65_HS1-834228961_62-HQ-83894_Section_1
Agency: FBI
Page 87
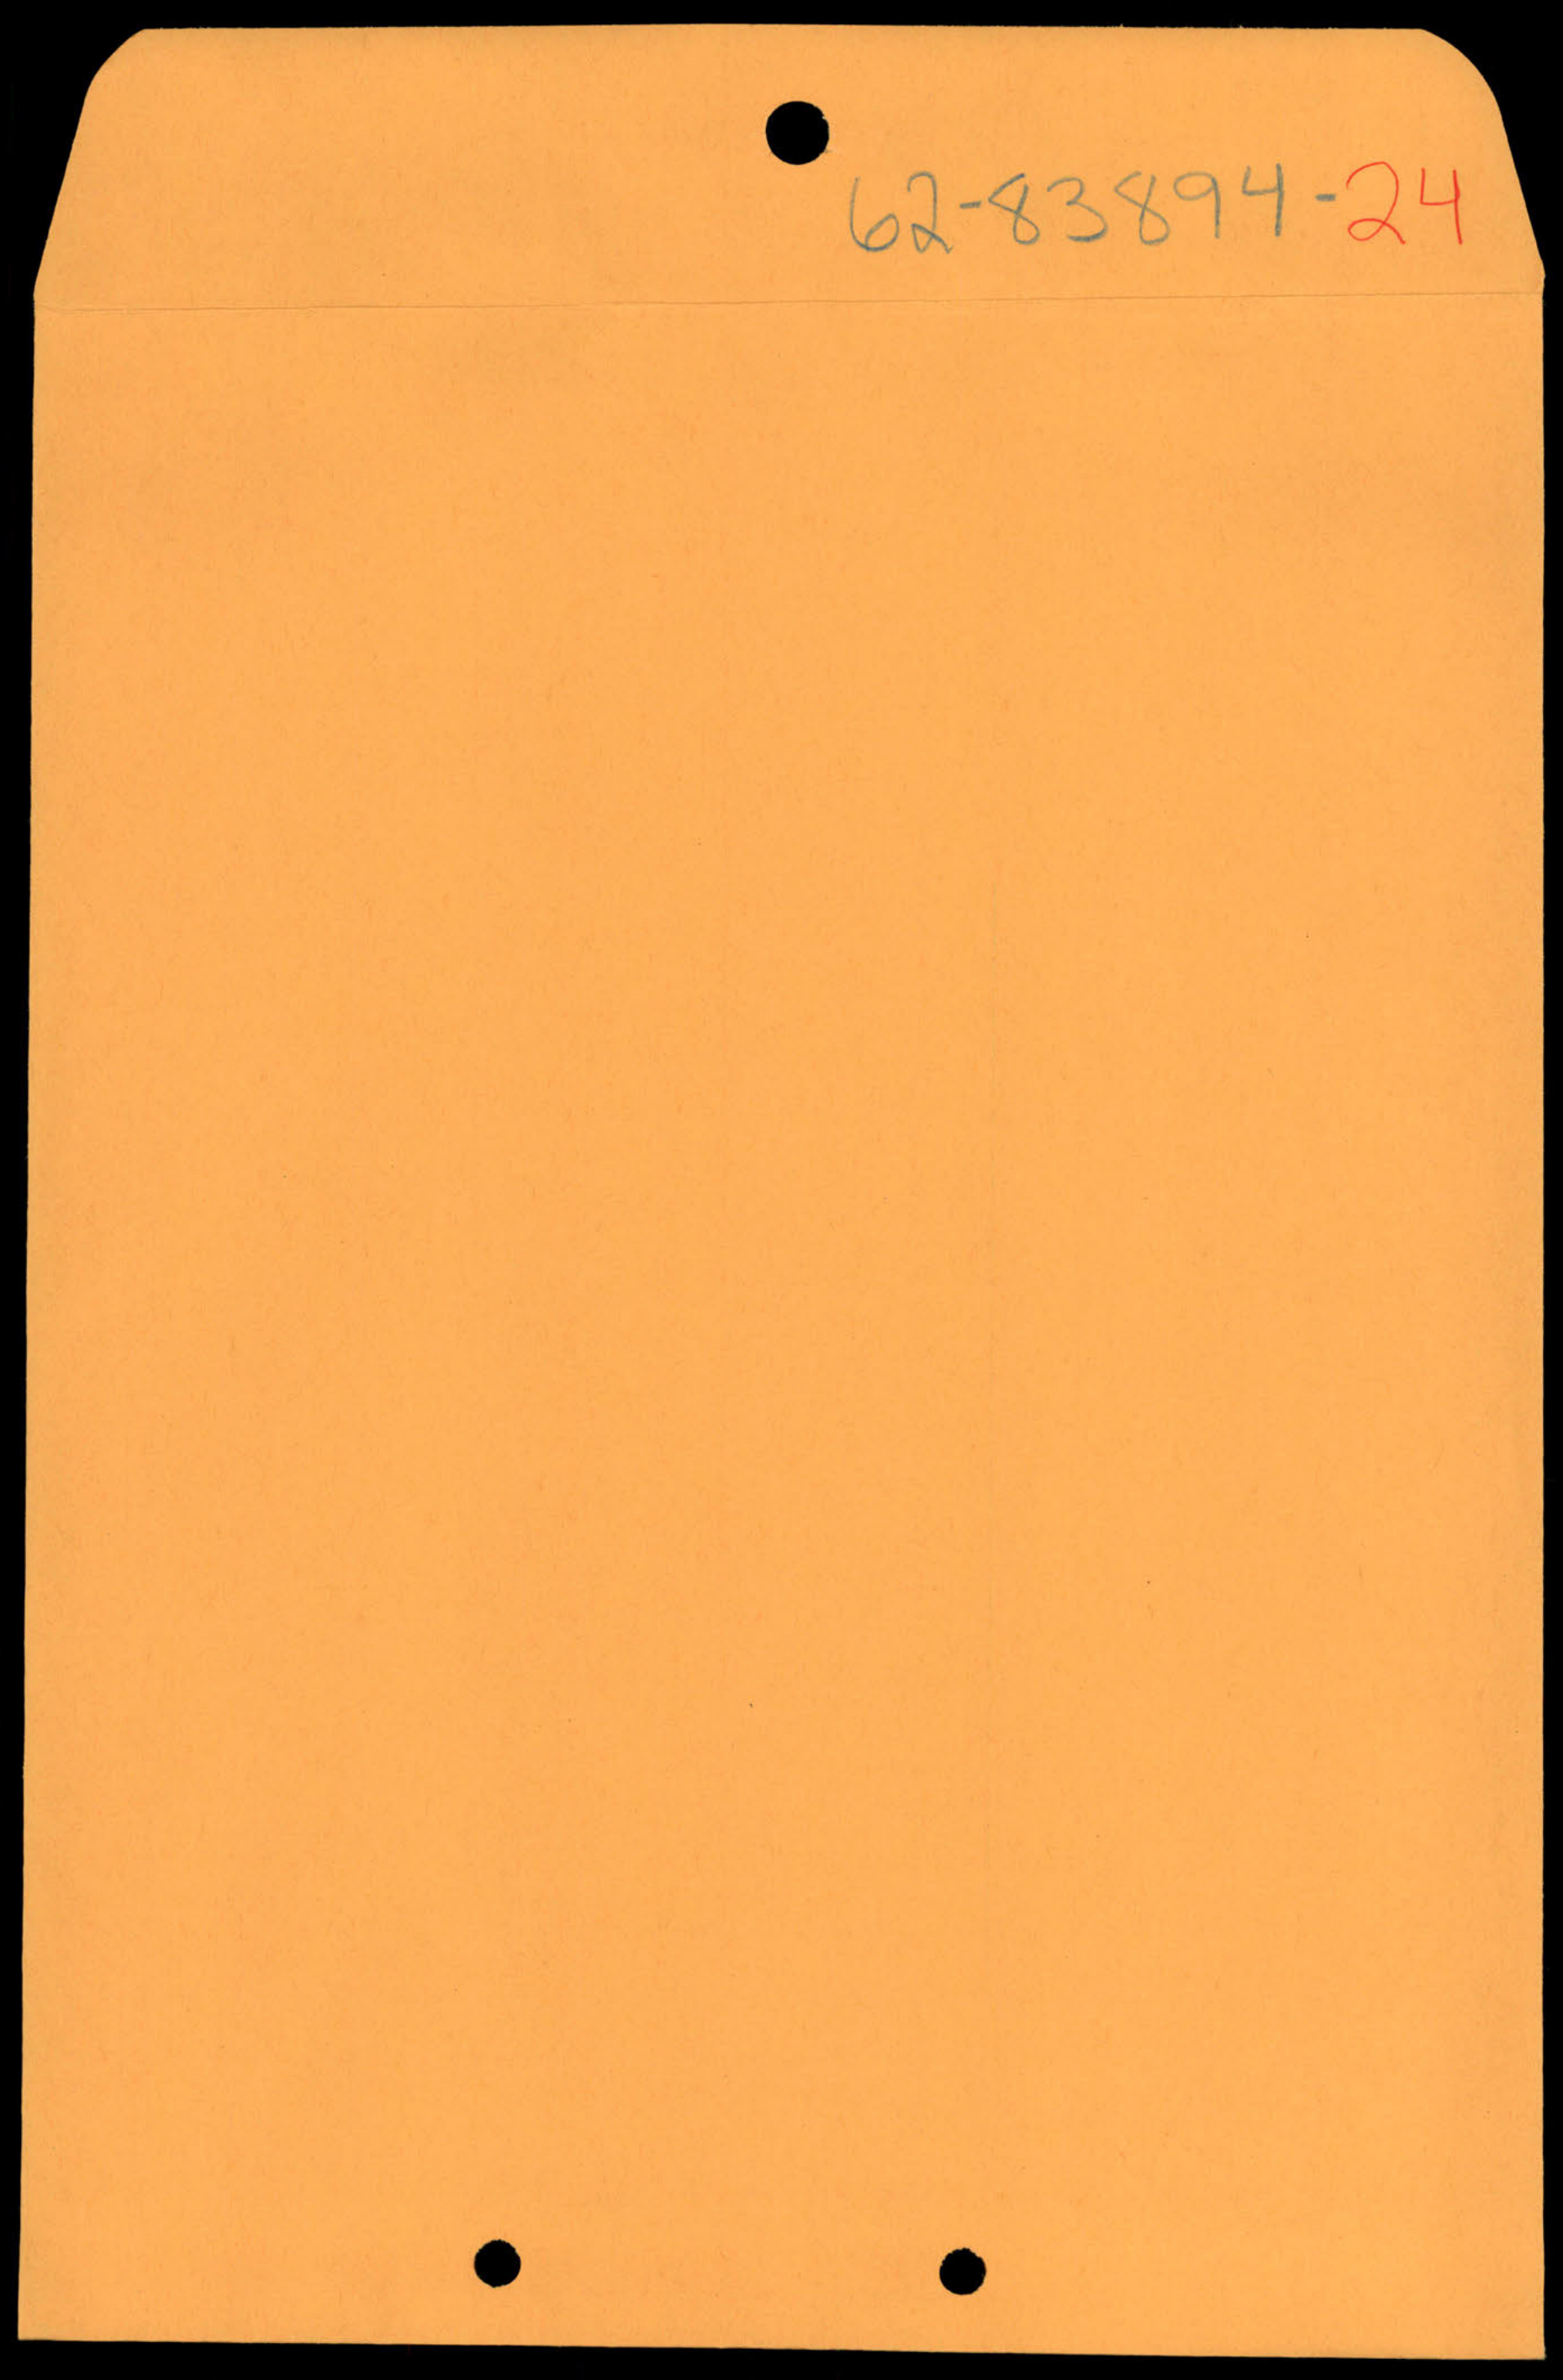